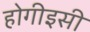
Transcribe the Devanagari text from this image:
होगीइसी